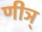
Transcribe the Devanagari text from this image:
णीञ्